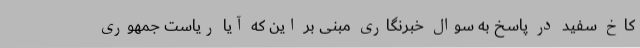
کاخ سفید در پاسخ به سوال خبرنگاری مبنی بر این که آیا ریاست جمهوری